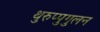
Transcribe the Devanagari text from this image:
थुरुप्पुगुलन